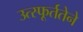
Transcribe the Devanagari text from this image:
उत्स्फूर्ततेने